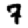
Digit: 7